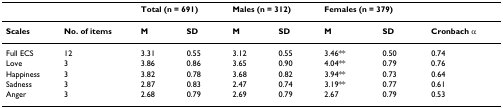
<table><thead><tr><td></td><td></td><td colspan="2"><b>Total (n = 691)</b></td><td colspan="2"><b>Males (n = 312)</b></td><td colspan="2"><b>Females (n = 379)</b></td><td></td></tr></thead><tbody><tr><td><b>Scales</b></td><td><b>No. of items</b></td><td><b>M</b></td><td><b>SD</b></td><td><b>M</b></td><td><b>SD</b></td><td><b>M</b></td><td><b>SD</b></td><td><b>Cronbach α</b></td></tr><tr><td>Full ECS</td><td>12</td><td>3.31</td><td>0.55</td><td>3.12</td><td>0.55</td><td>3.46**</td><td>0.50</td><td>0.74</td></tr><tr><td>Love</td><td>3</td><td>3.86</td><td>0.86</td><td>3.65</td><td>0.90</td><td>4.04**</td><td>0.79</td><td>0.76</td></tr><tr><td>Happiness</td><td>3</td><td>3.82</td><td>0.78</td><td>3.68</td><td>0.82</td><td>3.94**</td><td>0.73</td><td>0.64</td></tr><tr><td>Sadness</td><td>3</td><td>2.87</td><td>0.83</td><td>2.47</td><td>0.74</td><td>3.19**</td><td>0.77</td><td>0.61</td></tr><tr><td>Anger</td><td>3</td><td>2.68</td><td>0.79</td><td>2.69</td><td>0.79</td><td>2.67</td><td>0.79</td><td>0.53</td></tr></tbody></table>